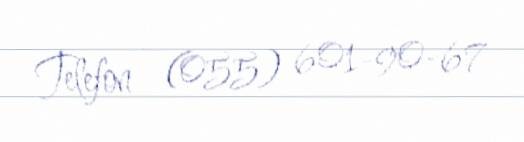
Telefon - (055) 601-90-67